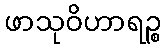
ဖာသုဝိဟာရဉ္စ